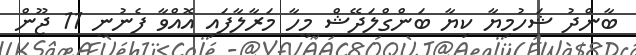
ބާންދު ޝަހުމިޔާ ކިޔާ ބަންގްލަދޭޝް މީހާ މަރާލާފައި އޮއްވާ ފެނުނީ 11 ޖޫން